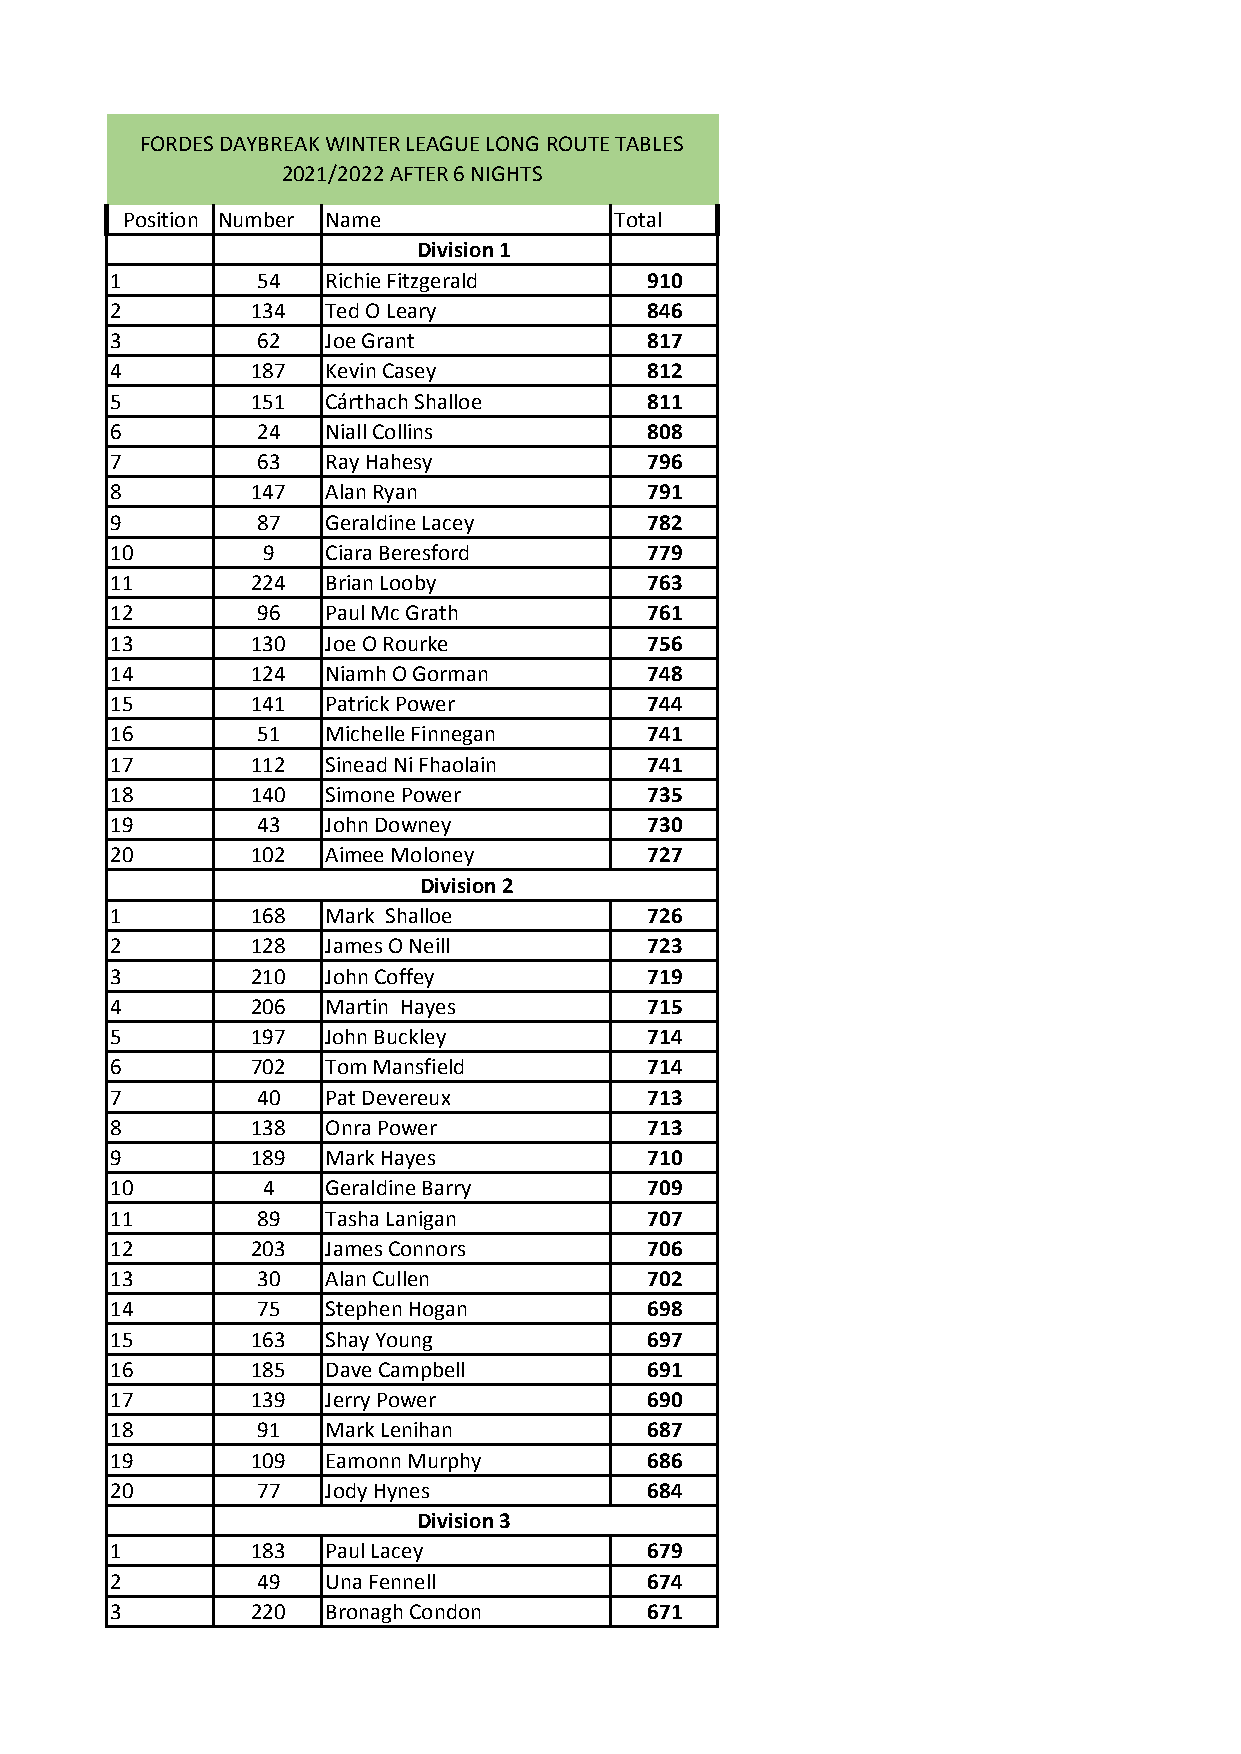
FORDES DAYBREAK WINTER LEAGUE LONG ROUTE TABLES
 2021/2022 AFTER 6 NIGHTS
 Position Number Name             Total
 Division 1
 1         54   Richie Fitzgerald    910
 2         134  Ted O Leary          846
 3         62   Joe Grant            817
 4         187  Kevin Casey          812
 5         151  Cárthach Shalloe     811
 6         24   Niall Collins        808
 7         63   Ray Hahesy           796
 8         147  Alan Ryan            791
 9         87   Geraldine Lacey      782
 10        9    Ciara Beresford      779
 11        224  Brian Looby          763
 12        96   Paul Mc Grath        761
 13        130  Joe O Rourke         756
 14        124  Niamh O Gorman       748
 15        141  Patrick Power        744
 16        51   Michelle Finnegan    741
 17        112  Sinead Ni Fhaolain   741
 18        140  Simone Power         735
 19        43   John Downey          730
 20        102  Aimee Moloney        727
 Division 2
 1         168  Mark Shalloe         726
 2         128  James O Neill        723
 3         210  John Coffey          719
 4         206  Martin Hayes         715
 5         197  John Buckley         714
 6         702  Tom Mansfield        714
 7         40   Pat Devereux         713
 8         138  Onra Power           713
 9         189  Mark Hayes           710
 10        4    Geraldine Barry      709
 11        89   Tasha Lanigan        707
 12        203  James Connors        706
 13        30   Alan Cullen          702
 14        75   Stephen Hogan        698
 15        163  Shay Young           697
 16        185  Dave Campbell        691
 17        139  Jerry Power          690
 18        91   Mark Lenihan         687
 19        109  Eamonn Murphy        686
 20        77   Jody Hynes           684
 Division 3
 1         183  Paul Lacey           679
 2         49   Una Fennell          674
 3         220  Bronagh Condon       671